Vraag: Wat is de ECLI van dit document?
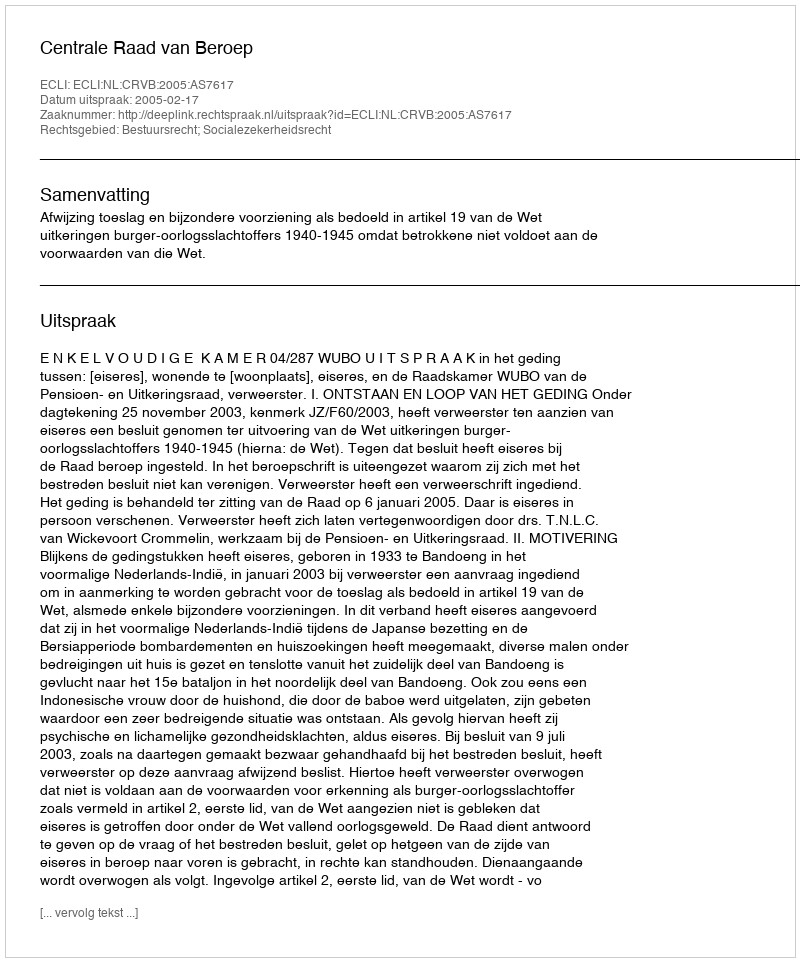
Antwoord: ECLI:NL:CRVB:2005:AS7617